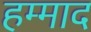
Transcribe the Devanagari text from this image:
हम्माद